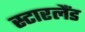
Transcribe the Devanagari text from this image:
स्टारलैंड